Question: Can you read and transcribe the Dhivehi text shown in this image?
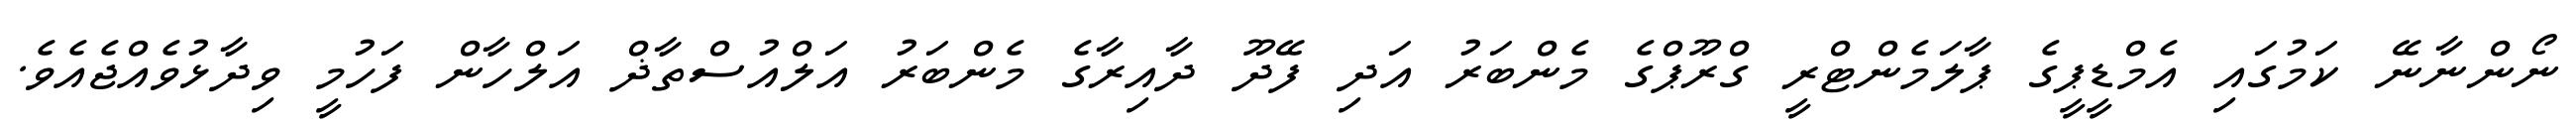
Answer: ނޯންނާނޭ ކަމުގައި އެމްޑީޕީގެ ޕާލަމެންޓްރީ ގްރޫޕްގެ މެންބަރު އަދި ފޭދޫ ދާއިރާގެ މެންބަރު އަލްއުސްތާޛް އަލްހާން ފަހުމީ ވިދާޅުވެއްޖެއެވެ.